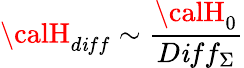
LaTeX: {\calH}_{d\mathit{i}ff}\sim\frac{{{\calH}_{0}}}{{D\mathit{i}ff_{\Sigma}}}